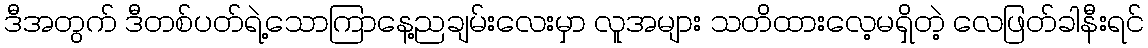
ဒီအတွက် ဒီတစ်ပတ်ရဲ့သောကြာနေ့ညချမ်းလေးမှာ လူအများ သတိထားလေ့မရှိတဲ့ လေဖြတ်ခါနီးရင်